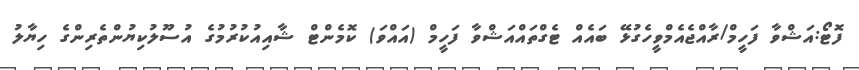
ފޮޓޯ:އަޝްވާ ފަހީމް/ރާއްޖެއެމްވީހެގުޅޭ ބައެއް ޓެގްތައްއަޝްވާ ފަހީމް (އައްވަ) ކޮމެންޓް ޝާއިއުކުރުމުގެ އުސޫލުކިޔުންތެރިންގެ ހިޔާލު